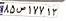
۸۵ص۱۷۷۱۳